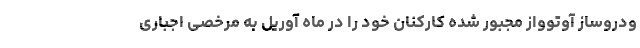
ودروساز آوتوواز مجبور شده کارکنان خود را در ماه آوریل به مرخصی اجباری